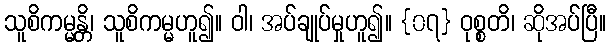
သူစိကမ္မန္တိ၊ သူစိကမ္မဟူ၍။ ဝါ၊ အပ်ချုပ်မှုဟူ၍။ {၀၇} ဝုစ္စတိ၊ ဆိုအပ်ပြီ။